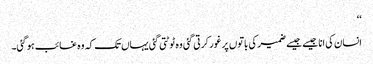
‘‘
انسان کی انا جیسے جیسے ضمیر کی باتوں پر غور کرتی گئی وہ ٹوٹتی گئی یہاں تک کہ وہ غائب ہوگئی۔